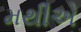
મથીએ